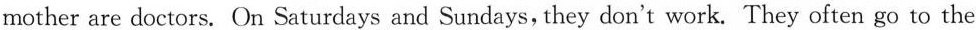
mother are doctors. On Saturdays and Sundays, they don't work. They often go to the